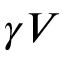
\gamma V